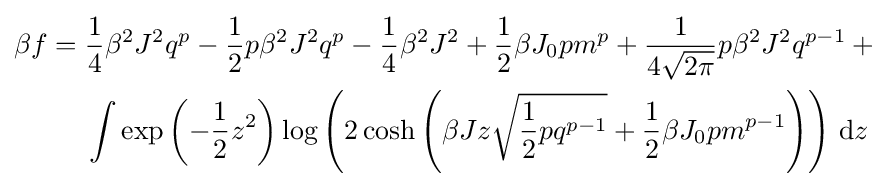
{\begin{aligned}\beta f={}&{\frac {1}{4}}\beta ^{2}J^{2}q^{p}-{\frac {1}{2}}p\beta ^{2}J^{2}q^{p}-{\frac {1}{4}}\beta ^{2}J^{2}+{\frac {1}{2}}\beta J_{0}pm^{p}+{\frac {1}{4{\sqrt {2\pi }}}}p\beta ^{2}J^{2}q^{p-1}+{}\\&\int \exp \left(-{\frac {1}{2}}z^{2}\right)\log \left(2\cosh \left(\beta Jz{\sqrt {{\frac {1}{2}}pq^{p-1}}}+{\frac {1}{2}}\beta J_{0}pm^{p-1}\right)\right)\,\mathrm {d} z\end{aligned}}